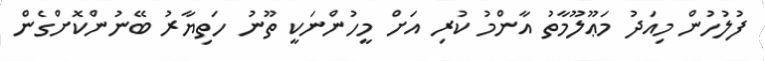
ފުލުހުން މިއަދު މަޢޫލޫމާތު އާންމު ކުރި އަށް މީހުންނަކީ ތޫނު ހަތިޔާރު ބޭނުންކޮށްގެން